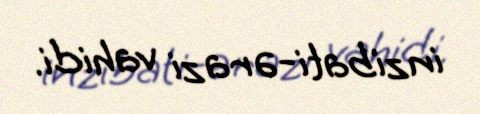
inzibati-ərazi vahidi.